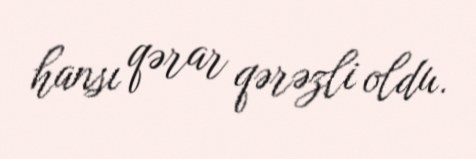
hansı qərar qərəzli oldu.